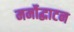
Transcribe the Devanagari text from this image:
मर्मोद्धाटन